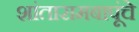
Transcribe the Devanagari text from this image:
शांतारामबापूंचे